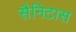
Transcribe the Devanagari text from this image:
सैनिटास